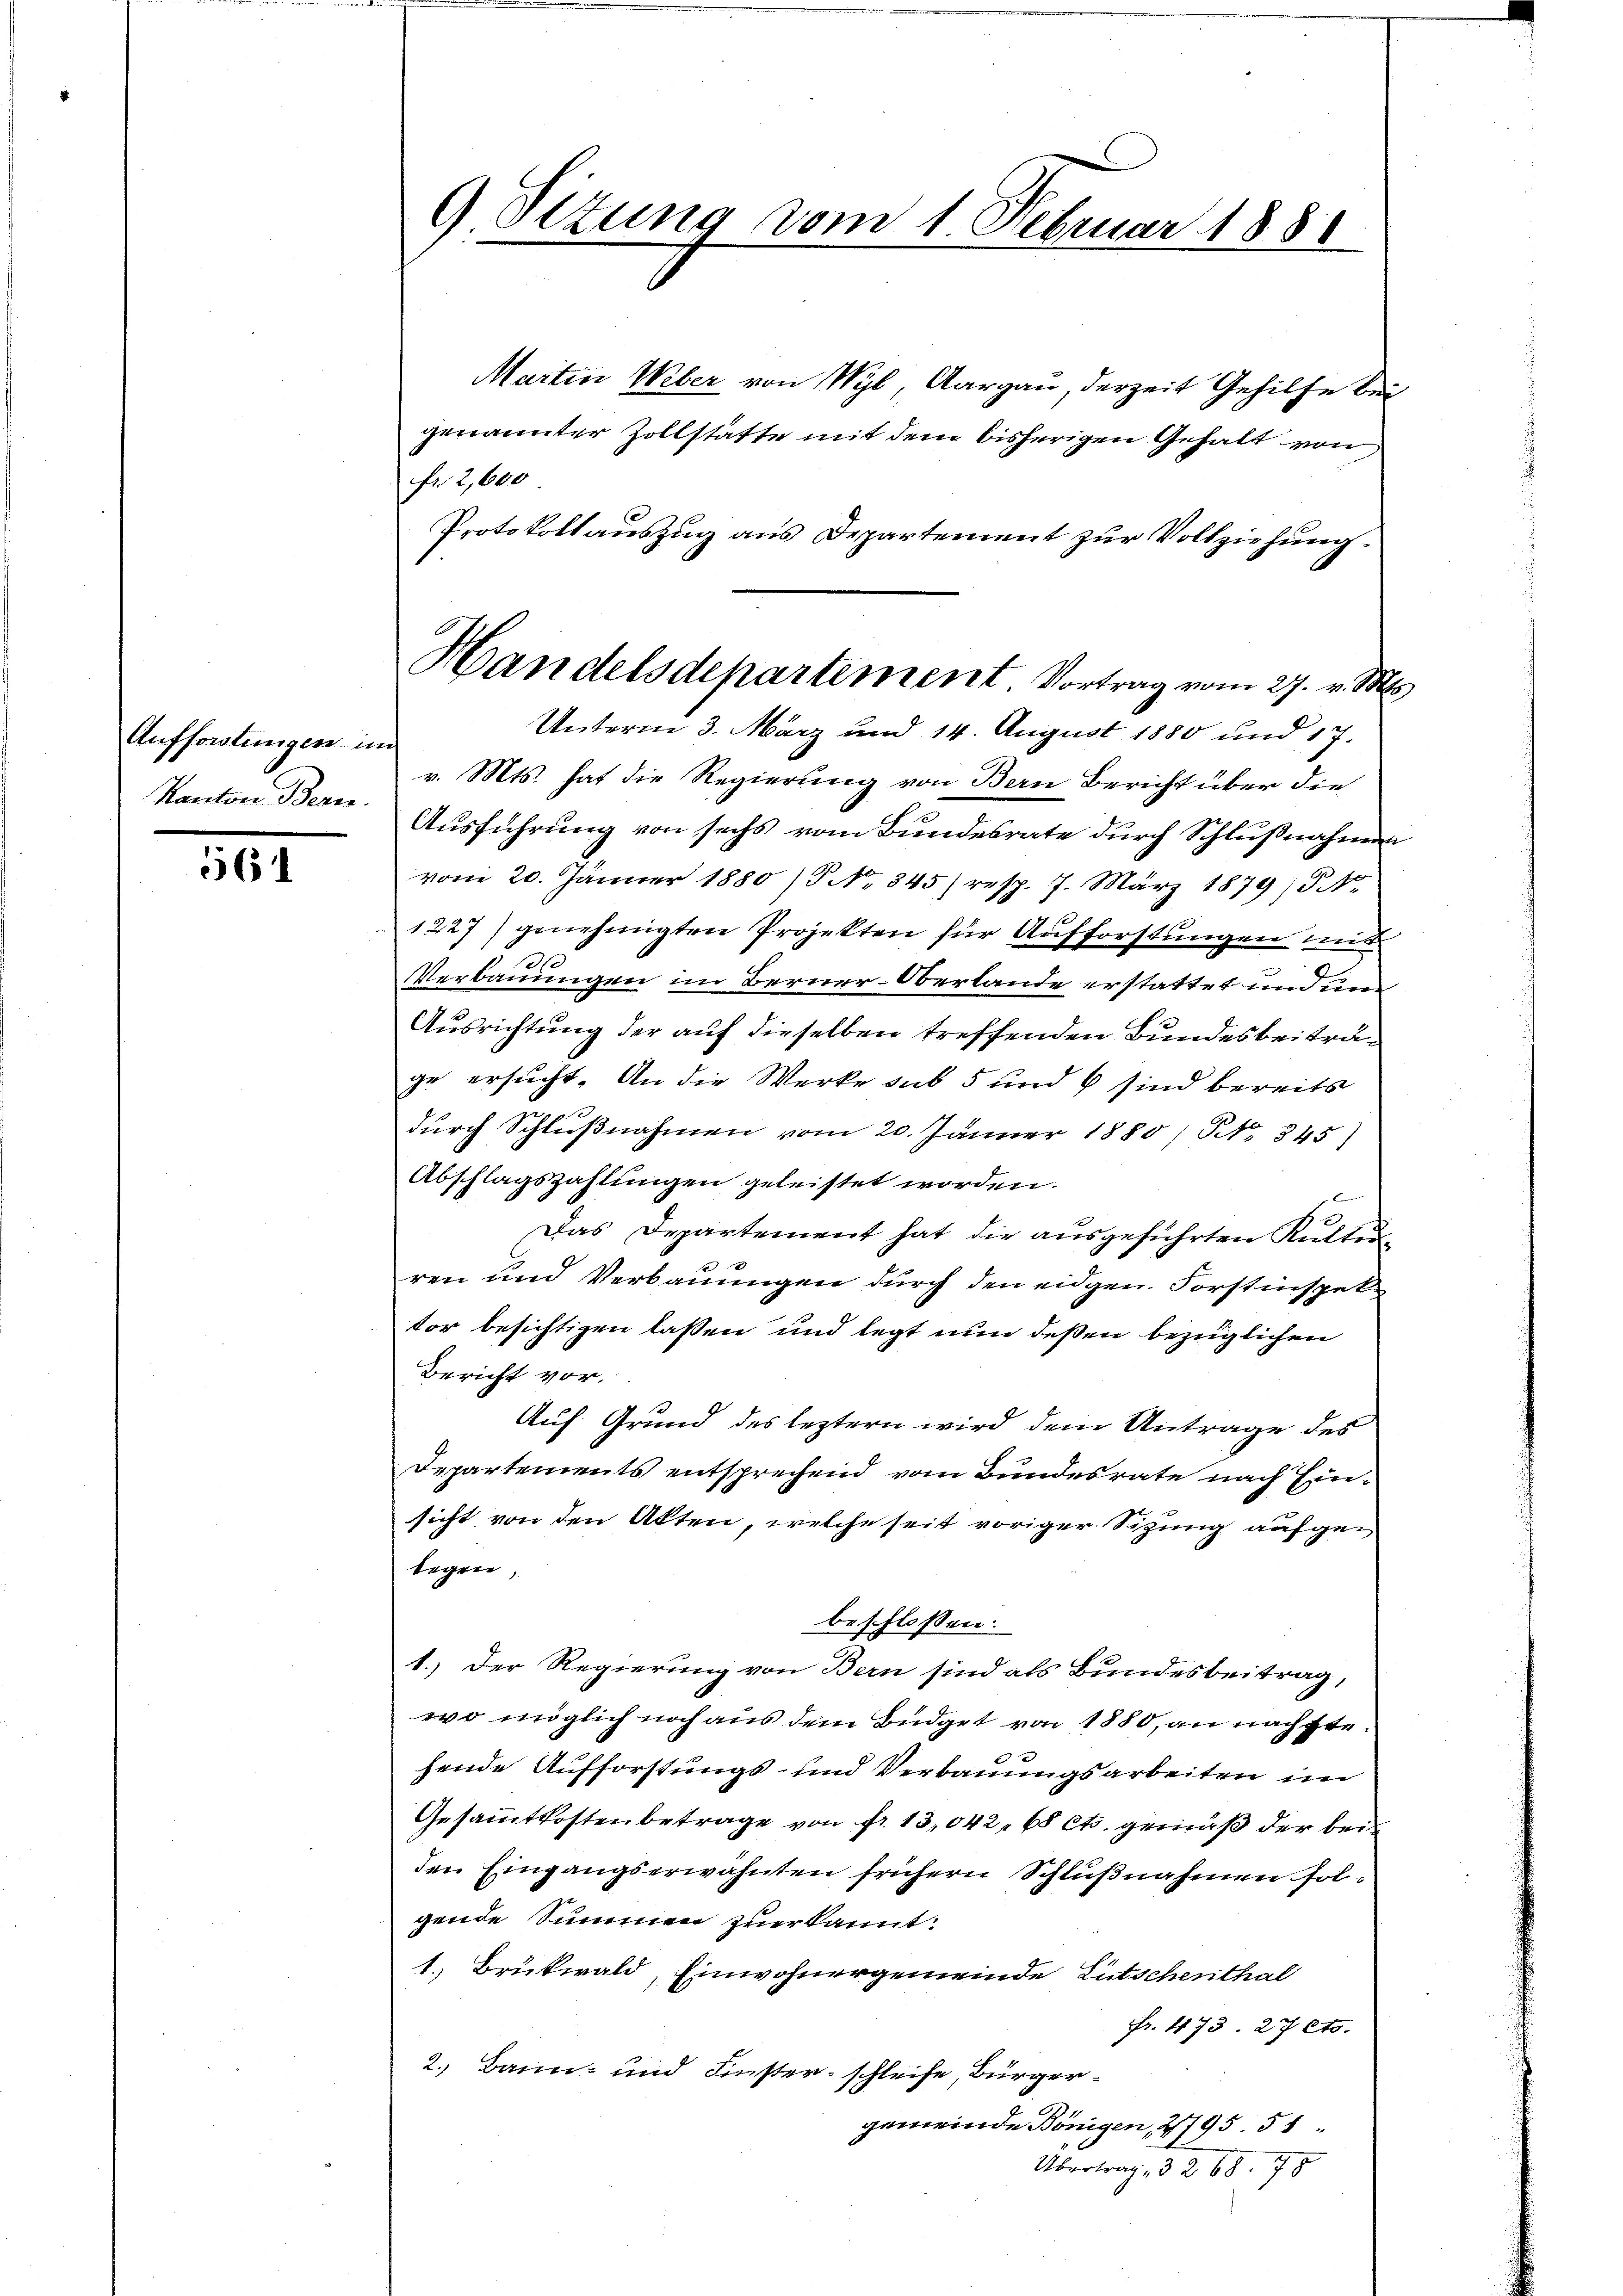
Auffordtungen in
Kanton Bern.

561

9 Situng vom 1. Februar 1880

Martin Weber von Wyl, Aargau, derzeit Gehilfe bei
genannter Zollstätte mit dem bisherigen Gehalt von
fr. 2,600
Protokollauszug aus Departement zur Vollziehung.
v. Mts. hat die Regierung von Bern Bericht über die
Ausführung von sechs vom Bundesrate durch Schlußnahmen
vom 20. Jänner 1880 / No 845) resp. 7. März 1879) S. Nr.
1227) genehmigten Projekten für Aufforstungen mit
Verbauungen im Berner-Oberlande erstattet und un
Ausrichtung der auf dieselben treffenden Bundesbeiträge ersucht. An die Werke sub 5 und sind bereits
durch Schlußnahmen vom 20. Jänner 1880, No 345)
Abschlagszahlungen geleistet worden.
x
Das Departement hat die ausgeführten Kutterren und Verbauungen durch den eidgen. Forstinspektor besichtigen lassen und legt nun deßen bezüglichen
Bericht vor.
Auf Grund des leztern wird dem Antrage des
Departements entsprechend vom Bundesrate nach Einsicht von den Akten, welche seit voriger Sitzung aufgelegen,
beschlossen:
1.) Der Regierung von Bern sind als Bundesbeitrag,
wo möglich noch aus dem Büdget von 1880, an nächstehende Aufforstungs- und Verbauungsarbeiten im
Gesammtkostenbetrage von Fr. 13,042, 68 cts. gemäß der beiden Eingangserwähnten frühern Schlußnahmen folgende Summen zuerkannt.
1. Brükwald, Einwohnergemeinde Litschenthal
Fr. 473. 27 Cts.
2. Bann- und Finster - schleife Bürgergemeinde Königen, 2795. 51.
Übertrag , 32. 68. 78

Handelsdepartement Vortrag vom 27. v. Ms.
Unterm 3. März und 14. August 1880 und 17.